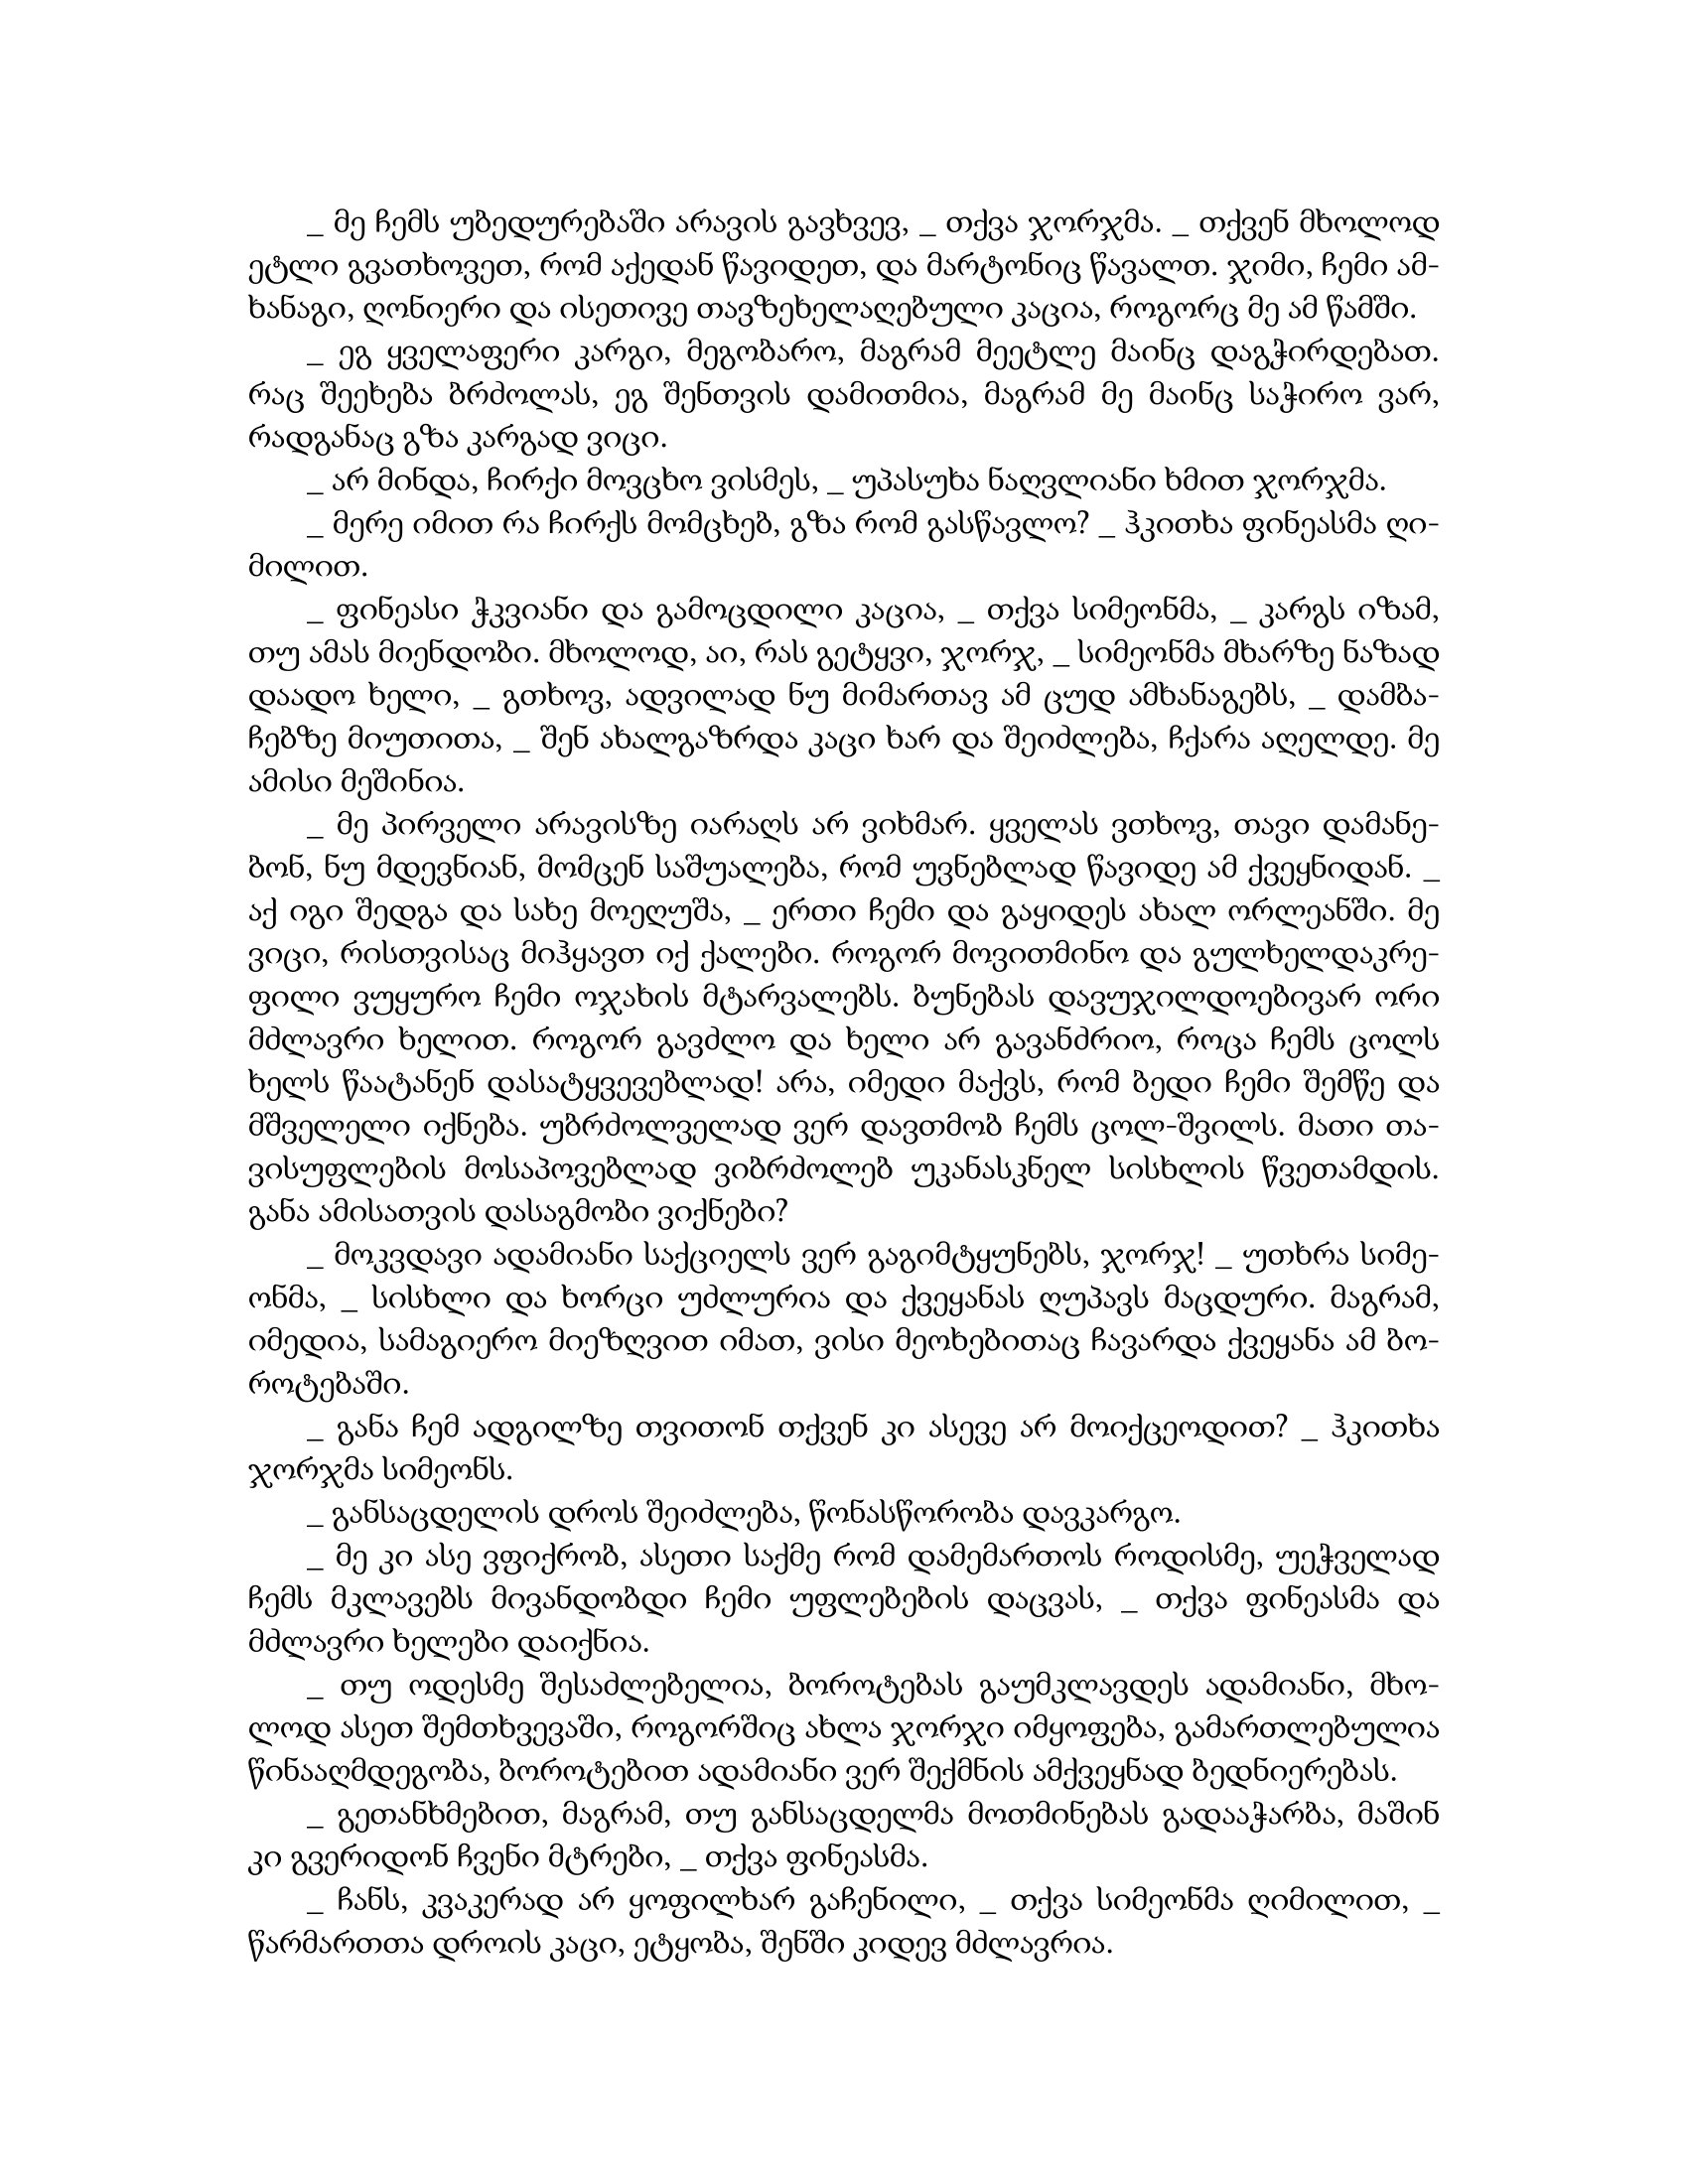
Language: gr